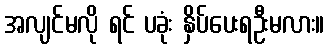
အလျင်မလို ရင် ပခုံး နှိပ်ပေးရဦးမလား။